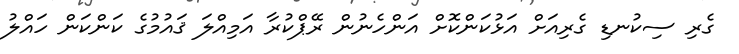
ގެރި ސިކުނޑި ގެރިއަށް އަޅުކަންކޮށް އަންހެނުން ރޭޕްކުރާ އަމިއްލަ ޤައުމުގެ ކަންކަން ހައްލު